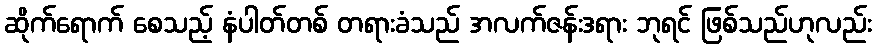
ဆိုက်ရောက် စေသည့် နံပါတ်တစ် တရားခံသည် အလက်ဇန်းဒရား ဘုရင် ဖြစ်သည်ဟုလည်း